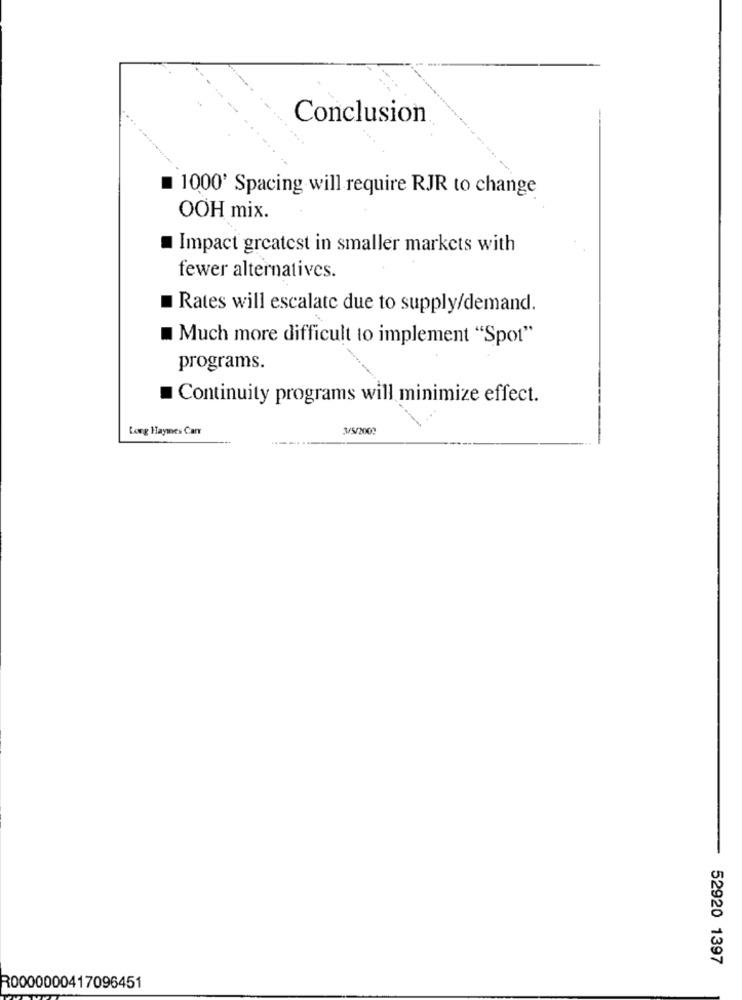
Conclusion
1000' Spacing will require RJR to change
OOH mix.
Impact greatest in smaller markets with
fewer alternatives.
Rates will escalate due to supply/demand.
Much more difficult to implement "Spot"
programs.
Continuity programs will minimize effect.
Long Haymes Carr
3/5/2002
52920 1397
R0000000417096451